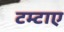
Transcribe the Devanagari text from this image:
टम्टाए